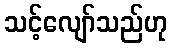
သင့်လျော်သည်ဟု